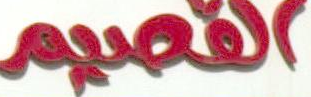
القصيم